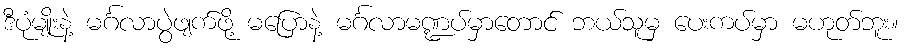
ဒီပုံမျိုးနဲ့ မင်္ဂလာပွဲဖျက်ဖို့ မပြောနဲ့ မင်္ဂလာမဏ္ဍပ်မှာတောင် ဘယ်သူမှ ပေးကပ်မှာ မဟုတ်ဘူး။